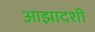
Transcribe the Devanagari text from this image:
आझादशी